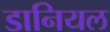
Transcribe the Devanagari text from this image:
डानियल